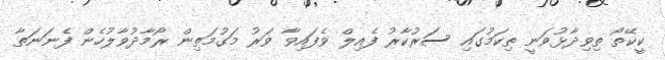
ކީކޭތޯ ތިވިދާޅުވަނީ ތިކަމުގައި ސަރުކާރު ފެއިލް ވެފައިވާ ވަރު މަގުމަތިން ރޯމާދުވާލުހެން ފެނަނަތާ